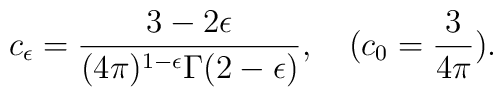
c_{\epsilon}= \frac{3 - 2 \epsilon}{(4\pi)^{1-\epsilon}\Gamma(2-\epsilon)},\quad (c_0=\frac{3}{4\pi}).